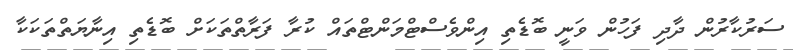
ސަރުކާރުން ދާދި ފަހުން ވަނީ ބޮޑެތި އިންވެސްޓްމަންޓްތައް ކުރާ ފަރާތްތަކަށް ބޮޑެތި އިނާޔަތްތަކަކާ